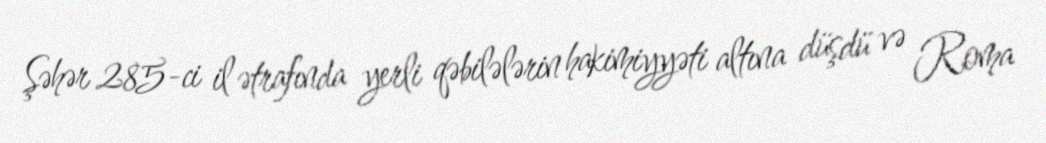
Şəhər 285-ci il ətrafında yerli qəbilələrin hakimiyyəti altına düşdü və Roma